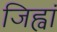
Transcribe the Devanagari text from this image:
जिह्वां